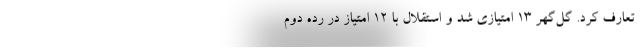
تعارف کرد. گل‌گهر 13 امتیازی شد و استقلال با 12 امتیاز در رده دوم